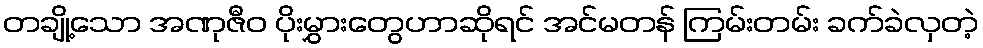
တချို့သော အဏုဇီဝ ပိုးမွှားတွေဟာဆိုရင် အင်မတန် ကြမ်းတမ်း ခက်ခဲလှတဲ့